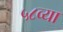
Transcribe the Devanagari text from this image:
५८व्या